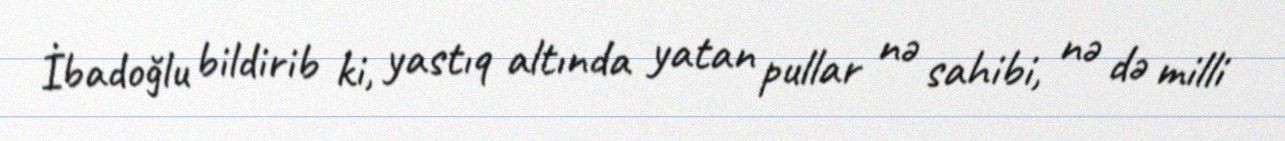
İbadoğlu bildirib ki, yastıq altında yatan pullar nə sahibi, nə də milli